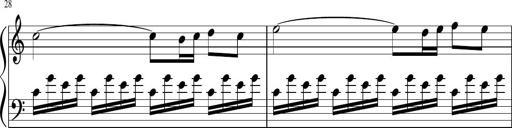
Title: Sonatina di Santa Gemma, JKB 12
Composer: Jason Baruk
Key: F major